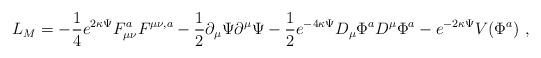
LaTeX: \begin{align*}L_{M}=-\frac{1}{4} e^{2\kappa\Psi}F_{\mu\nu}^{a}F^{\mu\nu,a}-\frac{1}{2}\partial_{\mu}\Psi\partial^{\mu}\Psi-\frac{1}{2}e^{-4\kappa\Psi}D_{\mu}\Phi^{a} D^{\mu}\Phi^{a}-e^{-2\kappa\Psi}V(\Phi^{a})\ , \end{align*}